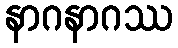
နာဂနာဂဿ